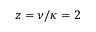
z = \nu / \kappa = 2